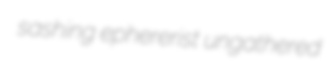
sashing ephererist ungathered